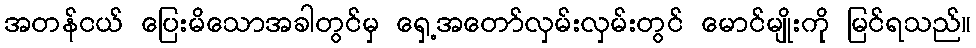
အတန်ငယ် ပြေးမိသောအခါတွင်မှ ရှေ့အတော်လှမ်းလှမ်းတွင် မောင်မျိုးကို မြင်ရသည်။